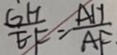
\frac { G H } { E F } = \frac { A H } { A F }